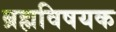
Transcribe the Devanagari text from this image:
ब्रह्मविषयक